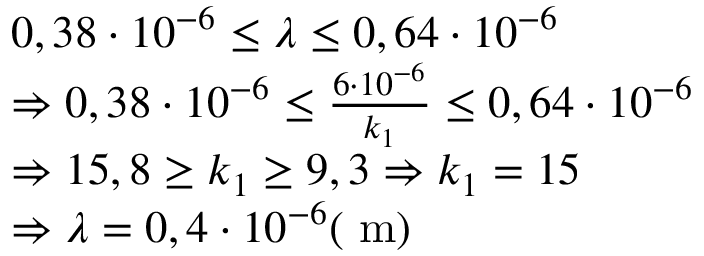
\begin{array} { r l } & { 0 , 3 8 \cdot 1 0 ^ { - 6 } \leq \lambda \leq 0 , 6 4 \cdot 1 0 ^ { - 6 } } \\ & { \Rightarrow 0 , 3 8 \cdot 1 0 ^ { - 6 } \leq \frac { 6 \cdot 1 0 ^ { - 6 } } { k _ { 1 } } \leq 0 , 6 4 \cdot 1 0 ^ { - 6 } } \\ & { \Rightarrow 1 5 , 8 \geq k _ { 1 } \geq 9 , 3 \Rightarrow k _ { 1 } = 1 5 } \\ & { \Rightarrow \lambda = 0 , 4 \cdot 1 0 ^ { - 6 } ( \mathrm { ~ m } ) } \end{array}